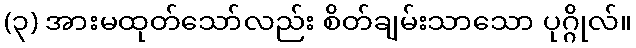
(၃) အားမထုတ်သော်လည်း စိတ်ချမ်းသာသော ပုဂ္ဂိုလ်။